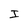
Character: I